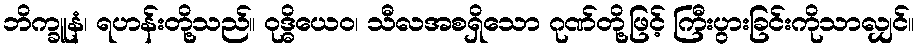
ဘိက္ခူနံ၊ ရဟန်းတို့သည်။ ဝုဒ္ဓိယေဝ၊ သီလအစရှိသော ဂုဏ်တို့ဖြင့် ကြီးပွားခြင်းကိုသာလျှင်။